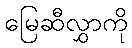
မြေဆီလွှာကို